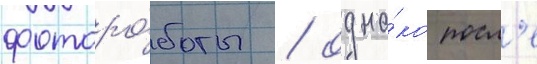
фоторо́боты / одна́ко посл'е